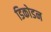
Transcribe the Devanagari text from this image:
डिकोडन